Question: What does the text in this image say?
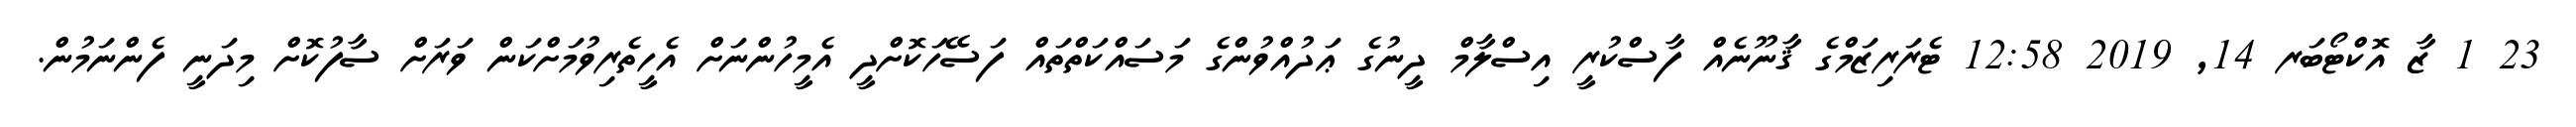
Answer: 23 1 ޒާ އޮކްޓޯބަރ 14, 2019 12:58 ޓެރަރިޒަމްގެ ޤާނޫނެއް ފާސްކުރީ އިސްލާމް ދީނުގެ ޢަދުއްވުންގެ މަސައްކަތްތައް ފަސޭހަކޮށްދީ އެމީހުންނަށް އެހީތެރިވުމަށްކަން ވަރަށް ސާފުކޮށް މިދަނީ ފެންނަމުން.